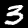
Label: 3